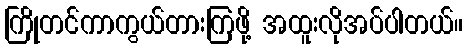
ကြိုတင်ကာကွယ်တားကြဖို့ အထူးလိုအပ်ပါတယ်။